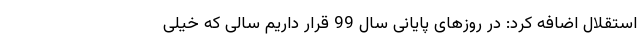
استقلال اضافه کرد: در روزهای پایانی سال 99 قرار داریم سالی که خیلی